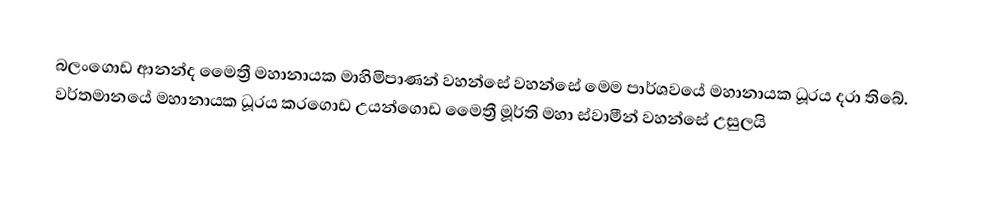
බලංගොඩ ආනන්ද මෛත්‍රී මහානායක මාහිමිපාණන් වහන්සේ වහන්සේ මෙම පාර්ශවයේ මහානායක ධූරය දරා තිබේ. වර්තමානයේ මහානායක ධූරය කරගොඩ උයන්ගොඩ මෛත්‍රී මූර්ති මහා ස්වාමීන් වහන්සේ උසුලයි